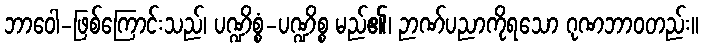
ဘာဝေါ-ဖြစ်ကြောင်းသည်၊ ပဏ္ဍိစ္စံ-ပဏ္ဍိစ္စ မည်၏၊ ဉာဏ်ပညာကိုရသော ဂုဏဘာဝတည်း။